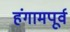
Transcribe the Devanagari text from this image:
हंगामपूर्व